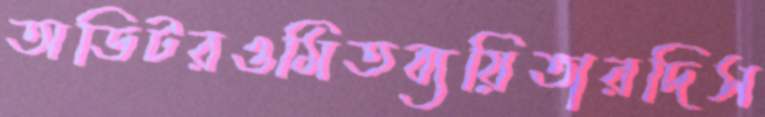
অডিটরওমিতব্যয়িতারদিস